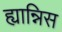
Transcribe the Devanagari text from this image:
ह्यान्निस